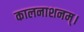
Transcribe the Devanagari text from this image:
कालनाशनम्।